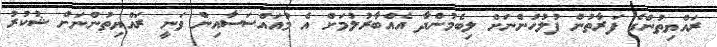
ރައްޔިތުންގެ ފަރާތުން ފުލުހުންނަށް ލިބެމުންދާ އެއްބާރުލުމަށް އެ މުއައްސަސާއިން ވަނީ ރައްޔިތުންނަށް ޝުކުރު